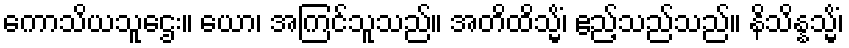
ကောသိယသူဌေး။ ယော၊ အကြင်သူသည်။ အတိထိသ္မိံ၊ ဧည့်သည်သည်။ နိသိန္နသ္မိံ၊